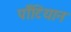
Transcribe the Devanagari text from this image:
पॉँटियान